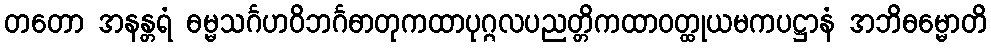
တတော အနန္တရံ ဓမ္မသင်္ဂဟဝိဘင်္ဂဓာတုကထာပုဂ္ဂလပညတ္တိကထာဝတ္ထုယမကပဋ္ဌာနံ အဘိဓမ္မောတိ